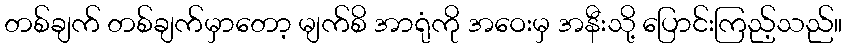
တစ်ချက် တစ်ချက်မှာတော့ မျက်စိ အာရုံကို အဝေးမှ အနီးသို့ ပြောင်းကြည့်သည်။